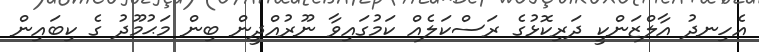
އެހިނދު އާލްޒަންކީ ދަރިކޮޅުގެ ރަސްކަލެއް ކަމުގައިވާ ނޫރުއްދީން ބިން މަޙުމޫދު ގެ ކިބައިން